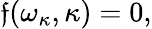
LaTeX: \mathfrak{f}(\omega_{\kappa},\kappa)=0,